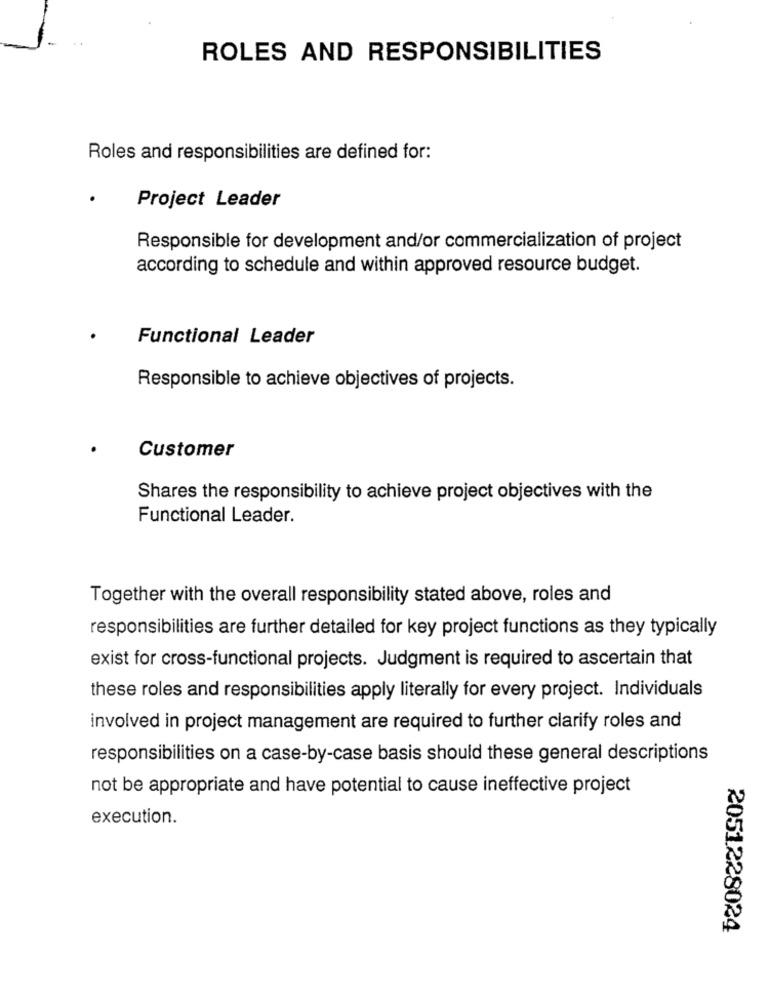
ROLES AND RESPONSIBILITIES
Roles and responsibilities are defined for:
Project Leader
Responsible for development and/or commercialization of project
according to schedule and within approved resource budget.
Functional Leader
Responsible to achieve objectives of projects.
Customer
Shares the responsibility to achieve project objectives with the
Functional Leader.
Together with the overall responsibility stated above, roles and
responsibilities are further detailed for key project functions as they typically
exist for cross-functional projects. Judgment is required to ascertain that
these roles and responsibilities apply literally for every project. Individuals
involved in project management are required to further clarify roles and
responsibilities on a case-by-case basis should these general descriptions
not be appropriate and have potential to cause ineffective project
execution.
2051228024